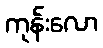
ကုန်းလော